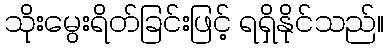
သိုးမွေးရိတ်ခြင်းဖြင့် ရရှိနိုင်သည်။